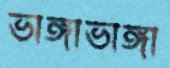
ভাঙ্গাভাঙ্গা